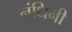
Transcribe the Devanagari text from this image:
नंधिनी